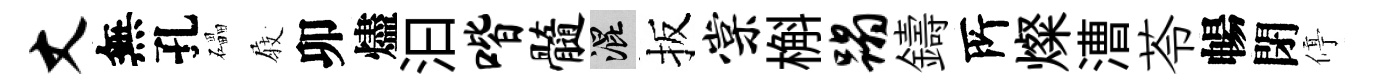
丈無孔礧𡲆卯燼汩喈髓混扳棠槲蹋鑄𠩄燦漕苓暢閉停